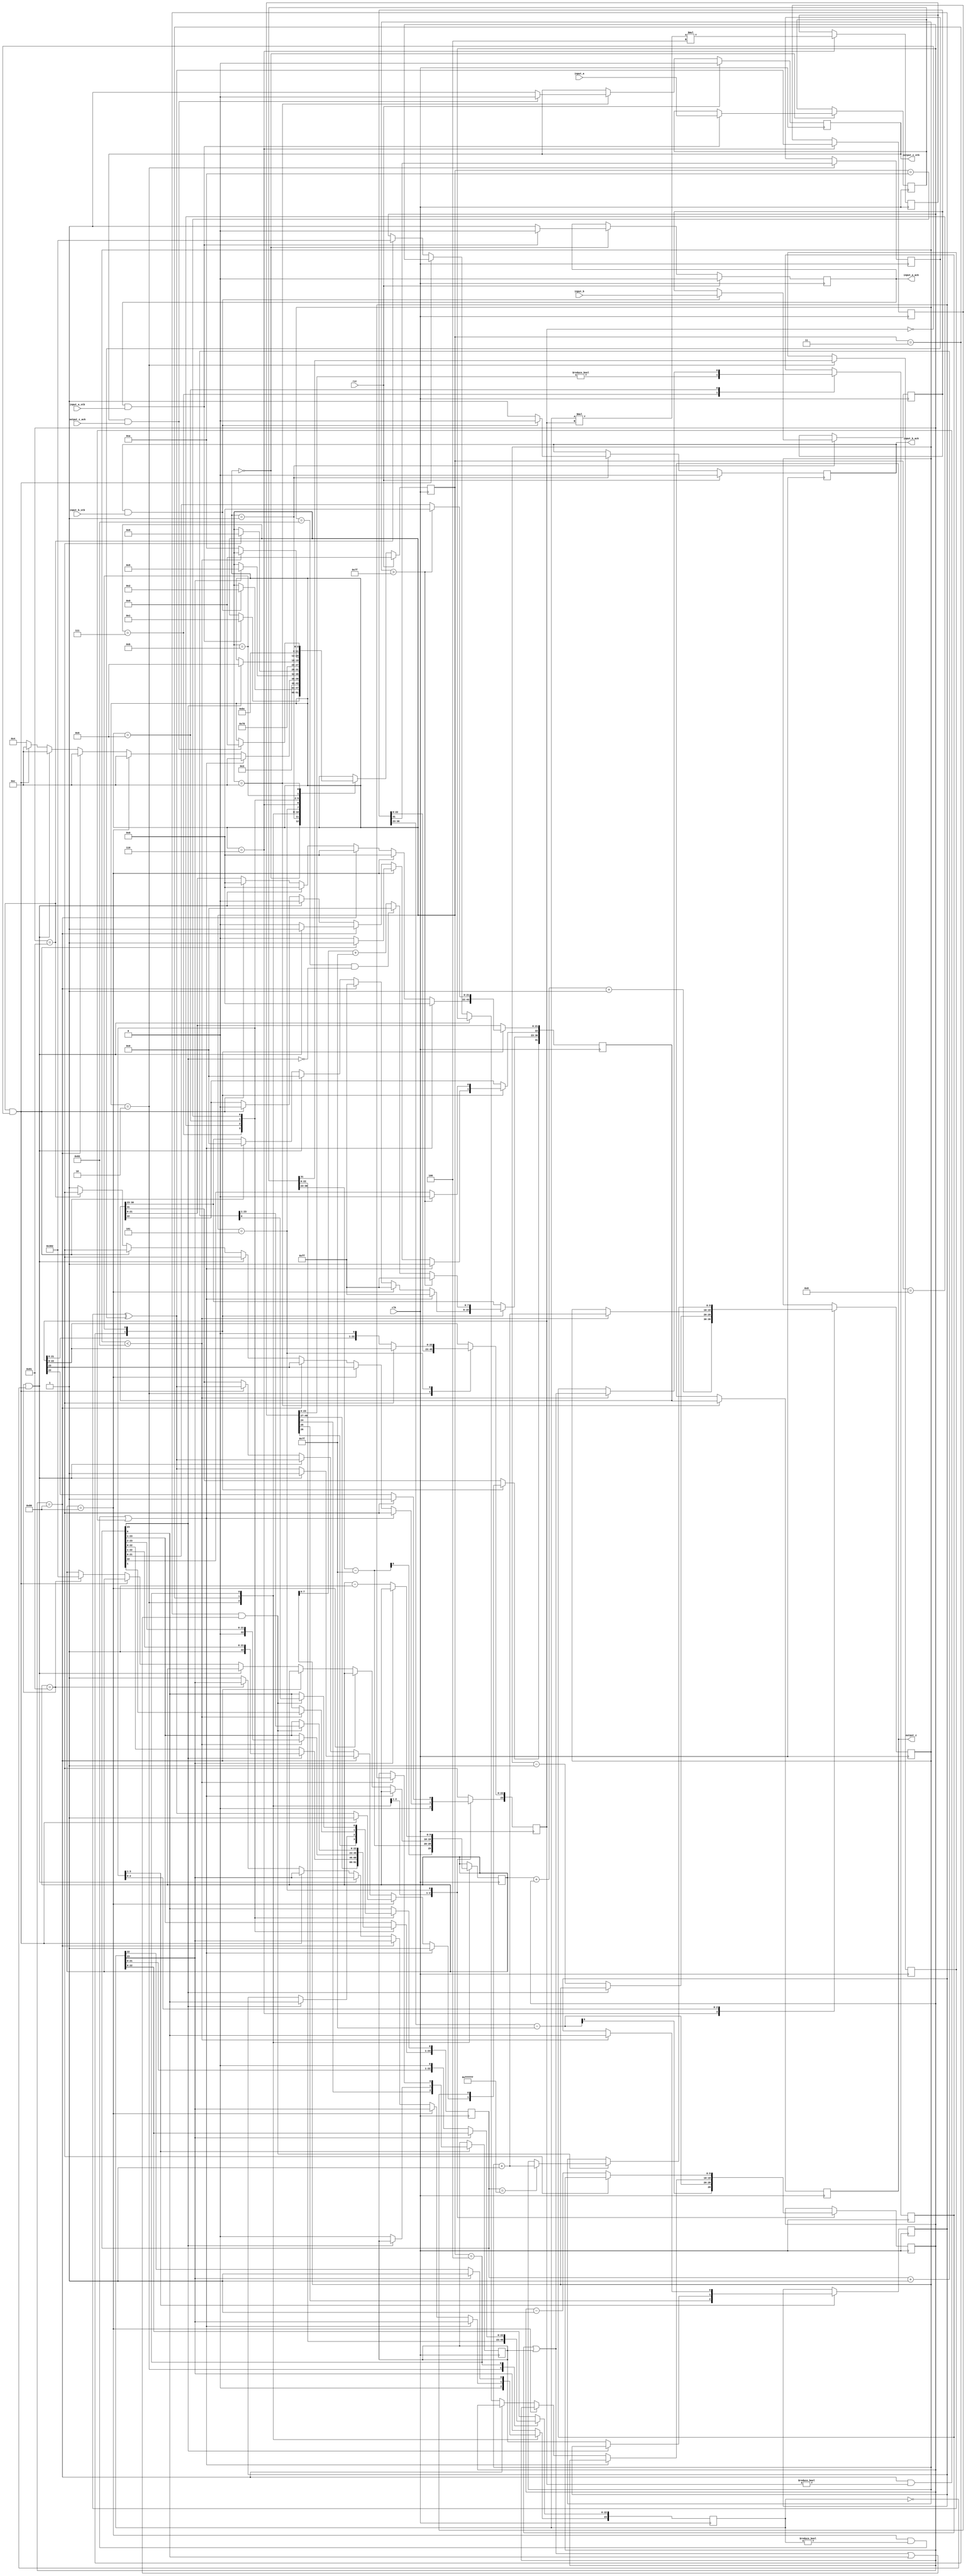
module multiplier(
        input_a,
        input_b,
        input_a_stb,
        input_b_stb,
        output_z_ack,
        clk,
        rst,
        output_z,
        output_z_stb,
        input_a_ack,
        input_b_ack);

  input     clk;
  input     rst;

  input     [31:0] input_a;
  input     input_a_stb;
  output    input_a_ack;

  input     [31:0] input_b;
  input     input_b_stb;
  output    input_b_ack;

  output    [31:0] output_z;
  output    output_z_stb;
  input     output_z_ack;

  reg       s_output_z_stb;
  reg       [31:0] s_output_z;
  reg       s_input_a_ack;
  reg       s_input_b_ack;

  reg       [3:0] state;
  parameter get_a         = 4'd0,
            get_b         = 4'd1,
            unpack        = 4'd2,
            special_cases = 4'd3,
            normalise_a   = 4'd4,
            normalise_b   = 4'd5,
            multiply_0    = 4'd6,
            multiply_1    = 4'd7,
            normalise_1   = 4'd8,
            normalise_2   = 4'd9,
            round         = 4'd10,
            pack          = 4'd11,
            put_z         = 4'd12;

  reg       [31:0] a, b, z;
  reg       [23:0] a_m, b_m, z_m;
  reg       [9:0] a_e, b_e, z_e;
  reg       a_s, b_s, z_s;
  reg       guard, round_bit, sticky;
  reg       [49:0] product;

  always @(posedge clk)
  begin

    case(state)

      get_a:
      begin
        s_input_a_ack <= 1;
        if (s_input_a_ack && input_a_stb) begin
          a <= input_a;
          s_input_a_ack <= 0;
          state <= get_b;
        end
      end

      get_b:
      begin
        s_input_b_ack <= 1;
        if (s_input_b_ack && input_b_stb) begin
          b <= input_b;
          s_input_b_ack <= 0;
          state <= unpack;
        end
      end

      unpack:
      begin
        a_m <= a[22 : 0];
        b_m <= b[22 : 0];
        a_e <= a[30 : 23] - 127;
        b_e <= b[30 : 23] - 127;
        a_s <= a[31];
        b_s <= b[31];
        state <= special_cases;
      end

      special_cases:
      begin
        //if a is NaN or b is NaN return NaN 
        if ((a_e == 128 && a_m != 0) || (b_e == 128 && b_m != 0)) begin
          z[31] <= 1;
          z[30:23] <= 255;
          z[22] <= 1;
          z[21:0] <= 0;
          state <= put_z;
        //if a is inf return inf
        end else if (a_e == 128) begin
          z[31] <= a_s ^ b_s;
          z[30:23] <= 255;
          z[22:0] <= 0;
          //if b is zero return NaN
          if (($signed(b_e) == -127) && (b_m == 0)) begin
            z[31] <= 1;
            z[30:23] <= 255;
            z[22] <= 1;
            z[21:0] <= 0;
          end
          state <= put_z;
        //if b is inf return inf
        end else if (b_e == 128) begin
          z[31] <= a_s ^ b_s;
          z[30:23] <= 255;
          z[22:0] <= 0;
          //if a is zero return NaN
          if (($signed(a_e) == -127) && (a_m == 0)) begin
            z[31] <= 1;
            z[30:23] <= 255;
            z[22] <= 1;
            z[21:0] <= 0;
          end
          state <= put_z;
        //if a is zero return zero
        end else if (($signed(a_e) == -127) && (a_m == 0)) begin
          z[31] <= a_s ^ b_s;
          z[30:23] <= 0;
          z[22:0] <= 0;
          state <= put_z;
        //if b is zero return zero
        end else if (($signed(b_e) == -127) && (b_m == 0)) begin
          z[31] <= a_s ^ b_s;
          z[30:23] <= 0;
          z[22:0] <= 0;
          state <= put_z;
        end else begin
          //Denormalised Number
          if ($signed(a_e) == -127) begin
            a_e <= -126;
          end else begin
            a_m[23] <= 1;
          end
          //Denormalised Number
          if ($signed(b_e) == -127) begin
            b_e <= -126;
          end else begin
            b_m[23] <= 1;
          end
          state <= normalise_a;
        end
      end

      normalise_a:
      begin
        if (a_m[23]) begin
          state <= normalise_b;
        end else begin
          a_m <= a_m << 1;
          a_e <= a_e - 1;
        end
      end

      normalise_b:
      begin
        if (b_m[23]) begin
          state <= multiply_0;
        end else begin
          b_m <= b_m << 1;
          b_e <= b_e - 1;
        end
      end

      multiply_0:
      begin
        z_s <= a_s ^ b_s;
        z_e <= a_e + b_e + 1;
        product <= a_m * b_m * 4;
        state <= multiply_1;
      end

      multiply_1:
      begin
        z_m <= product[49:26];
        guard <= product[25];
        round_bit <= product[24];
        sticky <= (product[23:0] != 0);
        state <= normalise_1;
      end

      normalise_1:
      begin
        if (z_m[23] == 0) begin
          z_e <= z_e - 1;
          z_m <= z_m << 1;
          z_m[0] <= guard;
          guard <= round_bit;
          round_bit <= 0;
        end else begin
          state <= normalise_2;
        end
      end

      normalise_2:
      begin
        if ($signed(z_e) < -126) begin
          z_e <= z_e + 1;
          z_m <= z_m >> 1;
          guard <= z_m[0];
          round_bit <= guard;
          sticky <= sticky | round_bit;
        end else begin
          state <= round;
        end
      end

      round:
      begin
        if (guard && (round_bit | sticky | z_m[0])) begin
          z_m <= z_m + 1;
          if (z_m == 24'hffffff) begin
            z_e <=z_e + 1;
          end
        end
        state <= pack;
      end

      pack:
      begin
        z[22 : 0] <= z_m[22:0];
        z[30 : 23] <= z_e[7:0] + 127;
        z[31] <= z_s;
        if ($signed(z_e) == -126 && z_m[23] == 0) begin
          z[30 : 23] <= 0;
        end
        //if overflow occurs, return inf
        if ($signed(z_e) > 127) begin
          z[22 : 0] <= 0;
          z[30 : 23] <= 255;
          z[31] <= z_s;
        end
        state <= put_z;
      end

      put_z:
      begin
        s_output_z_stb <= 1;
        s_output_z <= z;
        if (s_output_z_stb && output_z_ack) begin
          s_output_z_stb <= 0;
          state <= get_a;
        end
      end

    endcase

    if (rst == 1) begin
      state <= get_a;
      s_input_a_ack <= 0;
      s_input_b_ack <= 0;
      s_output_z_stb <= 0;
    end

  end
  assign input_a_ack = s_input_a_ack;
  assign input_b_ack = s_input_b_ack;
  assign output_z_stb = s_output_z_stb;
  assign output_z = s_output_z;

endmodule


module adder(
        input_a,
        input_b,
        input_a_stb,
        input_b_stb,
        output_z_ack,
        clk,
        rst,
        output_z,
        output_z_stb,
        input_a_ack,
        input_b_ack);

  input     clk;
  input     rst;

  input     [31:0] input_a;
  input     input_a_stb;
  output    input_a_ack;

  input     [31:0] input_b;
  input     input_b_stb;
  output    input_b_ack;

  output    [31:0] output_z;
  output    output_z_stb;
  input     output_z_ack;

  reg       s_output_z_stb;
  reg       [31:0] s_output_z;
  reg       s_input_a_ack;
  reg       s_input_b_ack;

  reg       [3:0] state;
  parameter get_a         = 4'd0,
            get_b         = 4'd1,
            unpack        = 4'd2,
            special_cases = 4'd3,
            align         = 4'd4,
            add_0         = 4'd5,
            add_1         = 4'd6,
            normalise_1   = 4'd7,
            normalise_2   = 4'd8,
            round         = 4'd9,
            pack          = 4'd10,
            put_z         = 4'd11;

  reg       [31:0] a, b, z;
  reg       [26:0] a_m, b_m;
  reg       [23:0] z_m;
  reg       [9:0] a_e, b_e, z_e;
  reg       a_s, b_s, z_s;
  reg       guard, round_bit, sticky;
  reg       [27:0] sum;

  always @(posedge clk)
  begin

    case(state)

      get_a:
      begin
        s_input_a_ack <= 1;
        if (s_input_a_ack && input_a_stb) begin
          a <= input_a;
          s_input_a_ack <= 0;
          state <= get_b;
        end
      end

      get_b:
      begin
        s_input_b_ack <= 1;
        if (s_input_b_ack && input_b_stb) begin
          b <= input_b;
          s_input_b_ack <= 0;
          state <= unpack;
        end
      end

      unpack:
      begin
        a_m <= {a[22 : 0], 3'd0};
        b_m <= {b[22 : 0], 3'd0};
        a_e <= a[30 : 23] - 127;
        b_e <= b[30 : 23] - 127;
        a_s <= a[31];
        b_s <= b[31];
        state <= special_cases;
      end

      special_cases:
      begin
        //if a is NaN or b is NaN return NaN 
        if ((a_e == 128 && a_m != 0) || (b_e == 128 && b_m != 0)) begin
          z[31] <= 1;
          z[30:23] <= 255;
          z[22] <= 1;
          z[21:0] <= 0;
          state <= put_z;
        //if a is inf return inf
        end else if (a_e == 128) begin
          z[31] <= a_s;
          z[30:23] <= 255;
          z[22:0] <= 0;
          //if a is inf and signs don't match return nan
          if ((b_e == 128) && (a_s != b_s)) begin
              z[31] <= b_s;
              z[30:23] <= 255;
              z[22] <= 1;
              z[21:0] <= 0;
          end
          state <= put_z;
        //if b is inf return inf
        end else if (b_e == 128) begin
          z[31] <= b_s;
          z[30:23] <= 255;
          z[22:0] <= 0;
          state <= put_z;
        //if a is zero return b
        end else if ((($signed(a_e) == -127) && (a_m == 0)) && (($signed(b_e) == -127) && (b_m == 0))) begin
          z[31] <= a_s & b_s;
          z[30:23] <= b_e[7:0] + 127;
          z[22:0] <= b_m[26:3];
          state <= put_z;
        //if a is zero return b
        end else if (($signed(a_e) == -127) && (a_m == 0)) begin
          z[31] <= b_s;
          z[30:23] <= b_e[7:0] + 127;
          z[22:0] <= b_m[26:3];
          state <= put_z;
        //if b is zero return a
        end else if (($signed(b_e) == -127) && (b_m == 0)) begin
          z[31] <= a_s;
          z[30:23] <= a_e[7:0] + 127;
          z[22:0] <= a_m[26:3];
          state <= put_z;
        end else begin
          //Denormalised Number
          if ($signed(a_e) == -127) begin
            a_e <= -126;
          end else begin
            a_m[26] <= 1;
          end
          //Denormalised Number
          if ($signed(b_e) == -127) begin
            b_e <= -126;
          end else begin
            b_m[26] <= 1;
          end
          state <= align;
        end
      end

      align:
      begin
        if ($signed(a_e) > $signed(b_e)) begin
          b_e <= b_e + 1;
          b_m <= b_m >> 1;
          b_m[0] <= b_m[0] | b_m[1];
        end else if ($signed(a_e) < $signed(b_e)) begin
          a_e <= a_e + 1;
          a_m <= a_m >> 1;
          a_m[0] <= a_m[0] | a_m[1];
        end else begin
          state <= add_0;
        end
      end

      add_0:
      begin
        z_e <= a_e;
        if (a_s == b_s) begin
          sum <= a_m + b_m;
          z_s <= a_s;
        end else begin
          if (a_m >= b_m) begin
            sum <= a_m - b_m;
            z_s <= a_s;
          end else begin
            sum <= b_m - a_m;
            z_s <= b_s;
          end
        end
        state <= add_1;
      end

      add_1:
      begin
        if (sum[27]) begin
          z_m <= sum[27:4];
          guard <= sum[3];
          round_bit <= sum[2];
          sticky <= sum[1] | sum[0];
          z_e <= z_e + 1;
        end else begin
          z_m <= sum[26:3];
          guard <= sum[2];
          round_bit <= sum[1];
          sticky <= sum[0];
        end
        state <= normalise_1;
      end

      normalise_1:
      begin
        if (z_m[23] == 0 && $signed(z_e) > -126) begin
          z_e <= z_e - 1;
          z_m <= z_m << 1;
          z_m[0] <= guard;
          guard <= round_bit;
          round_bit <= 0;
        end else begin
          state <= normalise_2;
        end
      end

      normalise_2:
      begin
        if ($signed(z_e) < -126) begin
          z_e <= z_e + 1;
          z_m <= z_m >> 1;
          guard <= z_m[0];
          round_bit <= guard;
          sticky <= sticky | round_bit;
        end else begin
          state <= round;
        end
      end

      round:
      begin
        if (guard && (round_bit | sticky | z_m[0])) begin
          z_m <= z_m + 1;
          if (z_m == 24'hffffff) begin
            z_e <=z_e + 1;
          end
        end
        state <= pack;
      end

      pack:
      begin
        z[22 : 0] <= z_m[22:0];
        z[30 : 23] <= z_e[7:0] + 127;
        z[31] <= z_s;
        if ($signed(z_e) == -126 && z_m[23] == 0) begin
          z[30 : 23] <= 0;
        end
        if ($signed(z_e) == -126 && z_m[23:0] == 24'h0) begin
          z[31] <= 1'b0; // FIX SIGN BUG: -a + a = +0.
        end
        //if overflow occurs, return inf
        if ($signed(z_e) > 127) begin
          z[22 : 0] <= 0;
          z[30 : 23] <= 255;
          z[31] <= z_s;
        end
        state <= put_z;
      end

      put_z:
      begin
        s_output_z_stb <= 1;
        s_output_z <= z;
        if (s_output_z_stb && output_z_ack) begin
          s_output_z_stb <= 0;
          state <= get_a;
        end
      end

    endcase

    if (rst == 1) begin
      state <= get_a;
      s_input_a_ack <= 0;
      s_input_b_ack <= 0;
      s_output_z_stb <= 0;
    end

  end
  assign input_a_ack = s_input_a_ack;
  assign input_b_ack = s_input_b_ack;
  assign output_z_stb = s_output_z_stb;
  assign output_z = s_output_z;

endmodule



module priority_encoder(
			input [24:0] significand,
			input [7:0] exp_a,
			output reg [24:0] Significand,
			output [7:0] exp_sub
			);

reg [4:0] shift;

always @(significand)
begin
	casex (significand)
		25'b1_1xxx_xxxx_xxxx_xxxx_xxxx_xxxx :	begin
													Significand = significand;
									 				shift = 5'd0;
								 			  	end
		25'b1_01xx_xxxx_xxxx_xxxx_xxxx_xxxx : 	begin						
										 			Significand = significand << 1;
									 				shift = 5'd1;
								 			  	end

		25'b1_001x_xxxx_xxxx_xxxx_xxxx_xxxx : 	begin						
										 			Significand = significand << 2;
									 				shift = 5'd2;
								 				end

		25'b1_0001_xxxx_xxxx_xxxx_xxxx_xxxx : 	begin 							
													Significand = significand << 3;
								 	 				shift = 5'd3;
								 				end

		25'b1_0000_1xxx_xxxx_xxxx_xxxx_xxxx : 	begin						
									 				Significand = significand << 4;
								 	 				shift = 5'd4;
								 				end

		25'b1_0000_01xx_xxxx_xxxx_xxxx_xxxx : 	begin						
									 				Significand = significand << 5;
								 	 				shift = 5'd5;
								 				end

		25'b1_0000_001x_xxxx_xxxx_xxxx_xxxx : 	begin						// 24'h020000
									 				Significand = significand << 6;
								 	 				shift = 5'd6;
								 				end

		25'b1_0000_0001_xxxx_xxxx_xxxx_xxxx : 	begin						// 24'h010000
									 				Significand = significand << 7;
								 	 				shift = 5'd7;
								 				end

		25'b1_0000_0000_1xxx_xxxx_xxxx_xxxx : 	begin						// 24'h008000
									 				Significand = significand << 8;
								 	 				shift = 5'd8;
								 				end

		25'b1_0000_0000_01xx_xxxx_xxxx_xxxx : 	begin						// 24'h004000
									 				Significand = significand << 9;
								 	 				shift = 5'd9;
								 				end

		25'b1_0000_0000_001x_xxxx_xxxx_xxxx : 	begin						// 24'h002000
									 				Significand = significand << 10;
								 	 				shift = 5'd10;
								 				end

		25'b1_0000_0000_0001_xxxx_xxxx_xxxx : 	begin						// 24'h001000
									 				Significand = significand << 11;
								 	 				shift = 5'd11;
								 				end

		25'b1_0000_0000_0000_1xxx_xxxx_xxxx : 	begin						// 24'h000800
									 				Significand = significand << 12;
								 	 				shift = 5'd12;
								 				end

		25'b1_0000_0000_0000_01xx_xxxx_xxxx : 	begin						// 24'h000400
									 				Significand = significand << 13;
								 	 				shift = 5'd13;
								 				end

		25'b1_0000_0000_0000_001x_xxxx_xxxx : 	begin						// 24'h000200
									 				Significand = significand << 14;
								 	 				shift = 5'd14;
								 				end

		25'b1_0000_0000_0000_0001_xxxx_xxxx  : 	begin						// 24'h000100
									 				Significand = significand << 15;
								 	 				shift = 5'd15;
								 				end

		25'b1_0000_0000_0000_0000_1xxx_xxxx : 	begin						// 24'h000080
									 				Significand = significand << 16;
								 	 				shift = 5'd16;
								 				end

		25'b1_0000_0000_0000_0000_01xx_xxxx : 	begin						// 24'h000040
											 		Significand = significand << 17;
										 	 		shift = 5'd17;
												end

		25'b1_0000_0000_0000_0000_001x_xxxx : 	begin						// 24'h000020
									 				Significand = significand << 18;
								 	 				shift = 5'd18;
								 				end

		25'b1_0000_0000_0000_0000_0001_xxxx : 	begin						// 24'h000010
									 				Significand = significand << 19;
								 	 				shift = 5'd19;
												end

		25'b1_0000_0000_0000_0000_0000_1xxx :	begin						// 24'h000008
									 				Significand = significand << 20;
								 					shift = 5'd20;
								 				end

		25'b1_0000_0000_0000_0000_0000_01xx : 	begin						// 24'h000004
									 				Significand = significand << 21;
								 	 				shift = 5'd21;
								 				end

		25'b1_0000_0000_0000_0000_0000_001x : 	begin						// 24'h000002
									 				Significand = significand << 22;
								 	 				shift = 5'd22;
								 				end

		25'b1_0000_0000_0000_0000_0000_0001 : 	begin						// 24'h000001
									 				Significand = significand << 23;
								 	 				shift = 5'd23;
								 				end

		25'b1_0000_0000_0000_0000_0000_0000 : 	begin						// 24'h000000
								 					Significand = significand << 24;
							 	 					shift = 5'd24;
								 				end
		default : 	begin
						Significand = (~significand) + 1'b1;
						shift = 8'd0;
					end

	endcase
end
assign exp_sub = exp_a - shift;

endmodule

//Addition and Subtraction

module Addition_Subtraction(
input [31:0] a,b,
input add_sub_signal,														// If 1 then addition otherwise subtraction
output exception,
output [31:0] res      
);

wire operation_add_sub_signal;
wire enable;
wire output_sign;

wire [31:0] op_a,op_b;
wire [23:0] significand_a,significand_b;
wire [7:0] exponent_diff;


wire [23:0] significand_b_add_sub;
wire [7:0] exp_b_add_sub;

wire [24:0] significand_add;
wire [30:0] add_sum;

wire [23:0] significand_sub_complement;
wire [24:0] significand_sub;
wire [30:0] sub_diff;
wire [24:0] subtraction_diff; 
wire [7:0] exp_sub;

assign {enable,op_a,op_b} = (a[30:0] < b[30:0]) ? {1'b1,b,a} : {1'b0,a,b};							// For operations always op_a must not be less than b

assign exp_a = op_a[30:23];
assign exp_b = op_b[30:23];

assign exception = (&op_a[30:23]) | (&op_b[30:23]);										// Exception flag sets 1 if either one of the exponent is 255.

assign output_sign = add_sub_signal ? enable ? !op_a[31] : op_a[31] : op_a[31] ;

assign operation_add_sub_signal = add_sub_signal ? op_a[31] ^ op_b[31] : ~(op_a[31] ^ op_b[31]);				// Assign significand values according to Hidden Bit.

assign significand_a = (|op_a[30:23]) ? {1'b1,op_a[22:0]} : {1'b0,op_a[22:0]};							// If exponent is zero,hidden bit = 0,else 1
assign significand_b = (|op_b[30:23]) ? {1'b1,op_b[22:0]} : {1'b0,op_b[22:0]};

assign exponent_diff = op_a[30:23] - op_b[30:23];										// Exponent difference calculation

assign significand_b_add_sub = significand_b >> exponent_diff;

assign exp_b_add_sub = op_b[30:23] + exponent_diff; 

assign perform = (op_a[30:23] == exp_b_add_sub);										// Checking if exponents are same

// Add Block //
assign significand_add = (perform & operation_add_sub_signal) ? (significand_a + significand_b_add_sub) : 25'd0; 

assign add_sum[22:0] = significand_add[24] ? significand_add[23:1] : significand_add[22:0];					// res will be most 23 bits if carry generated, else least 22 bits.

assign add_sum[30:23] = significand_add[24] ? (1'b1 + op_a[30:23]) : op_a[30:23];						// If carry generates in sum value then exponent is added with 1 else feed as it is.

// Sub Block //
assign significand_sub_complement = (perform & !operation_add_sub_signal) ? ~(significand_b_add_sub) + 24'd1 : 24'd0 ; 

assign significand_sub = perform ? (significand_a + significand_sub_complement) : 25'd0;

priority_encoder pe(significand_sub,op_a[30:23],subtraction_diff,exp_sub);

assign sub_diff[30:23] = exp_sub;

assign sub_diff[22:0] = subtraction_diff[22:0];


// Output //
assign res = exception ? 32'b0 : ((!operation_add_sub_signal) ? {output_sign,sub_diff} : {output_sign,add_sum});

endmodule


// Multiplication
module Multiplication(
		input [31:0] a,
		input [31:0] b,
		output exception,overflow,underflow,
		output [31:0] res
		);

wire sign,product_round,normalised,zero;
wire [8:0] exponent,sum_exponent;
wire [22:0] product_mantissa;
wire [23:0] op_a,op_b;
wire [47:0] product,product_normalised; //48 Bits


assign sign = a[31] ^ b[31];   													// XOR of 32nd bit

assign exception = (&a[30:23]) | (&b[30:23]);											// Execption sets to 1 when exponent of any a or b is 255
																// If exponent is 0, hidden bit is 0



assign op_a = (|a[30:23]) ? {1'b1,a[22:0]} : {1'b0,a[22:0]};

assign op_b = (|b[30:23]) ? {1'b1,b[22:0]} : {1'b0,b[22:0]};

assign product = op_a * op_b;													// Product

assign product_round = |product_normalised[22:0];  									        // Last 22 bits are ORed for rounding off purpose

assign normalised = product[47] ? 1'b1 : 1'b0;	

assign product_normalised = normalised ? product : product << 1;								// Normalized value based on 48th bit

assign product_mantissa = product_normalised[46:24] + {21'b0,(product_normalised[23] & product_round)};				// Mantissa

assign zero = exception ? 1'b0 : (product_mantissa == 23'd0) ? 1'b1 : 1'b0;

assign sum_exponent = a[30:23] + b[30:23];

assign exponent = sum_exponent - 8'd127 + normalised;

assign overflow = ((exponent[8] & !exponent[7]) & !zero) ;									// Overall exponent is greater than 255 then Overflow

assign underflow = ((exponent[8] & exponent[7]) & !zero) ? 1'b1 : 1'b0; 							// Sum of exponents is less than 255 then Underflow 

assign res = exception ? 32'd0 : zero ? {sign,31'd0} : overflow ? {sign,8'hFF,23'd0} : underflow ? {sign,31'd0} : {sign,exponent[7:0],product_mantissa};


endmodule


// Iteration
module Iteration(
	input [31:0] operand_1,
	input [31:0] operand_2,
	output [31:0] solution
	);

wire [31:0] Intermediate_Value1,Intermediate_Value2;

Multiplication M1(operand_1,operand_2,,,,Intermediate_Value1);

//32'h4000_0000 -> 2.
Addition_Subtraction A1(32'h4000_0000,{1'b1,Intermediate_Value1[30:0]},1'b0,,Intermediate_Value2);

Multiplication M2(operand_1,Intermediate_Value2,,,,solution);

endmodule

// Division
module division(
	input [31:0] a,
	input [31:0] b,
	output exception,
	output [31:0] res
);

wire sign;
wire [7:0] shift;
wire [7:0] exp_a;
wire [31:0] divisor;
wire [31:0] op_a;
wire [31:0] Intermediate_X0;
wire [31:0] Iteration_X0;
wire [31:0] Iteration_X1;
wire [31:0] Iteration_X2;
wire [31:0] Iteration_X3;
wire [31:0] solution;

wire [31:0] denominator;
wire [31:0] op_a_change;

assign exception = (&a[30:23]) | (&b[30:23]);

assign sign = a[31] ^ b[31];

assign shift = 8'd126 - b[30:23];

assign divisor = {1'b0,8'd126,b[22:0]};

assign denominator = divisor;

assign exp_a = a[30:23] + shift;

assign op_a = {a[31],exp_a,a[22:0]};

assign op_a_change = op_a;

//32'hC00B_4B4B = (-37)/17
Multiplication x0(32'hC00B_4B4B,divisor,,,,Intermediate_X0);

//32'h4034_B4B5 = 48/17
Addition_Subtraction X0(Intermediate_X0,32'h4034_B4B5,1'b0,,Iteration_X0);

Iteration X1(Iteration_X0,divisor,Iteration_X1);

Iteration X2(Iteration_X1,divisor,Iteration_X2);

Iteration X3(Iteration_X2,divisor,Iteration_X3);

Multiplication END(Iteration_X3,op_a,,,,solution);

assign res = {sign,solution[30:0]};
endmodule